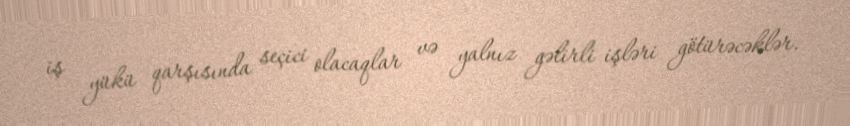
iş yükü qarşısında seçici olacaqlar və yalnız gəlirli işləri götürəcəklər.